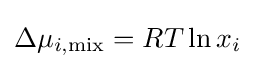
\Delta \mu _{i,\mathrm {mix} }=RT\ln x_{i}